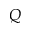
Q